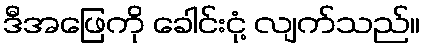
ဒီအဖြေကို ခေါင်းငုံ့ လျက်သည်။